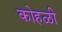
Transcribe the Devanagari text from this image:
कोहळी